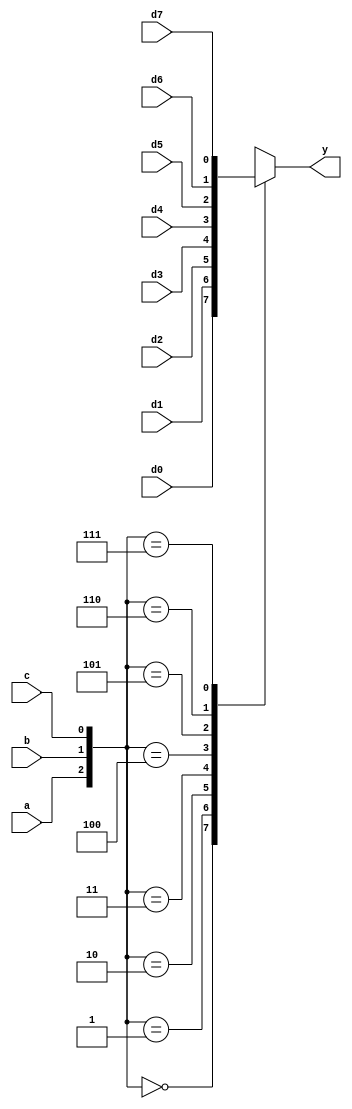
module mux8to1(d0, d1, d2, d3, d4, d5, d6, d7, a, b, c, y);
input d0;
input d1;
input d2;
input d3;
input d4;
input d5;
input d6;
input d7;
input a;
input b;
input c;
output y;
reg y;
always @(a or b or c or d0 or d1 or d2 or d3 or d4 or d5 or d6 or d7) case ({a, b, c})0:
y = d0;
1 : y = d1;
2 : y = d2;
3 : y = d3;
4 : y = d4;
5 : y = d5;
6 : y = d6;
7 : y = d7;
endcase
    endmodule